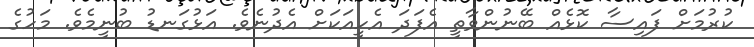
ކުރުމަށް ފައިސާ ކޮޅެއް ބޭނުންވާތީ އެފަދަ އެހީއަކަށް އެދުނެވެ. އަޅުގަނޑު ބުނީމެވެ. މަހުގެ